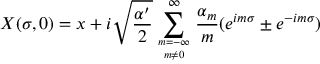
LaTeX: X ( \sigma , 0 ) = x + i \sqrt { \frac { \alpha ^ { \prime } } { 2 } } \sum _ { { m = { - \infty } } \atop { m \neq 0 } } ^ { \infty } \frac { \alpha _ { m } } { m } ( e ^ { i m \sigma } \pm e ^ { - i m \sigma } )